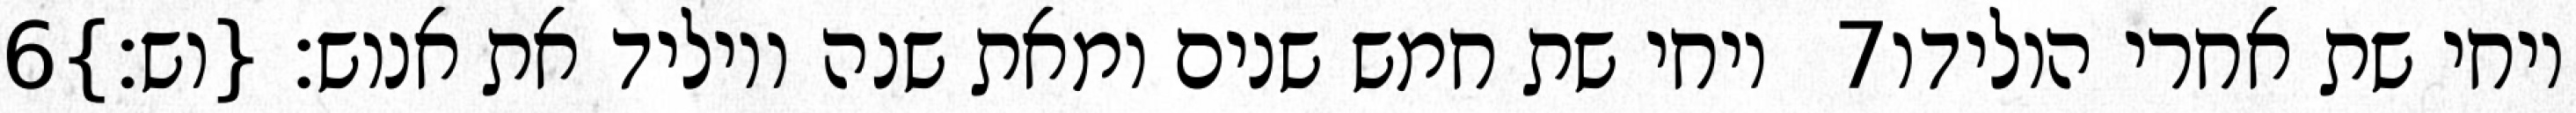
‎6‏ ויחי שת חמש שנים ומאת שנה ויוליד את אנוש׃ {וש׃} ‎7‏ ויחי שת אחרי הולידו